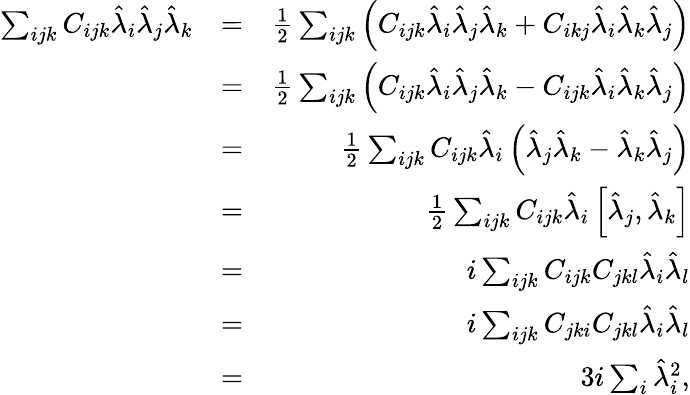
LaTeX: \begin{array}{rlr}{\sum_{ijk}C_{ijk}\hat{\lambda}_{i}\hat{\lambda}_{j}\hat{\lambda}_{k}}&{=}&{\frac{1}{2}\sum_{ijk}\left(C_{ijk}\hat{\lambda}_{i}\hat{\lambda}_{j}\hat{\lambda}_{k}+C_{ikj}\hat{\lambda}_{i}\hat{\lambda}_{k}\hat{\lambda}_{j}\right)}\\ &{=}&{\frac{1}{2}\sum_{ijk}\left(C_{ijk}\hat{\lambda}_{i}\hat{\lambda}_{j}\hat{\lambda}_{k}-C_{ijk}\hat{\lambda}_{i}\hat{\lambda}_{k}\hat{\lambda}_{j}\right)}\\ &{=}&{\frac{1}{2}\sum_{ijk}C_{ijk}\hat{\lambda}_{i}\left(\hat{\lambda}_{j}\hat{\lambda}_{k}-\hat{\lambda}_{k}\hat{\lambda}_{j}\right)}\\ &{=}&{\frac{1}{2}\sum_{ijk}C_{ijk}\hat{\lambda}_{i}\left[\hat{\lambda}_{j},\hat{\lambda}_{k}\right]}\\ &{=}&{i\sum_{ijk}C_{ijk}C_{jkl}\hat{\lambda}_{i}\hat{\lambda}_{l}}\\ &{=}&{i\sum_{ijk}C_{jki}C_{jkl}\hat{\lambda}_{i}\hat{\lambda}_{l}}\\ &{=}&{3i\sum_{i}\hat{\lambda}_{i}^{2},}\end{array}